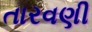
તારવણી